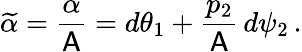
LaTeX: \widetilde{\alpha}=\frac{\alpha}{\mathsf{A}}=d\theta_{1}+\frac{p_{2}}{\mathsf{A}}\, d\psi_{2}\, .